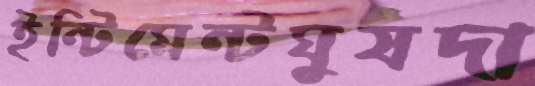
ইন্টিমেন্টঘুষদা